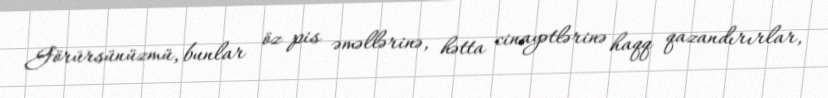
Görürsünüzmü, bunlar öz pis əməllərinə, hətta cinayətlərinə haqq qazandırırlar,